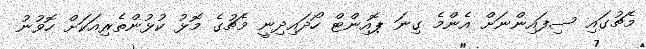
މެޗުގައި ސިފައިންނަށް އެންމެ ގިނަ ޕޮއިންޓް ހޯދައިދިނީ މެޗުގެ މޮޅު ކުޅުންތެރިއަކަށް ހޮވުނު